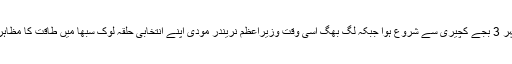
یہ روڈ شو سہ پہر 3 بجے کچیری سے شروع ہوا جبکہ لگ بھگ اُسی وقت وزیراعظم نریندر مودی اپنے انتخابی حلقہ لوک سبھا میں طاقت کا مظاہرہ کررہے تھے۔